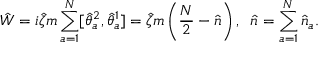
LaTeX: \hat { W } = i \hat { \zeta } m \sum _ { a = 1 } ^ { N } [ \hat { \theta } _ { a } ^ { 2 } , \hat { \theta } _ { a } ^ { 1 } ] = \hat { \zeta } m \left( \frac { N } { 2 } - \hat { n } \right) , \; \; \hat { n } = \sum _ { a = 1 } ^ { N } \hat { n } _ { a } .